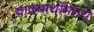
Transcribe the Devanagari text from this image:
वाक्यार्थमितये